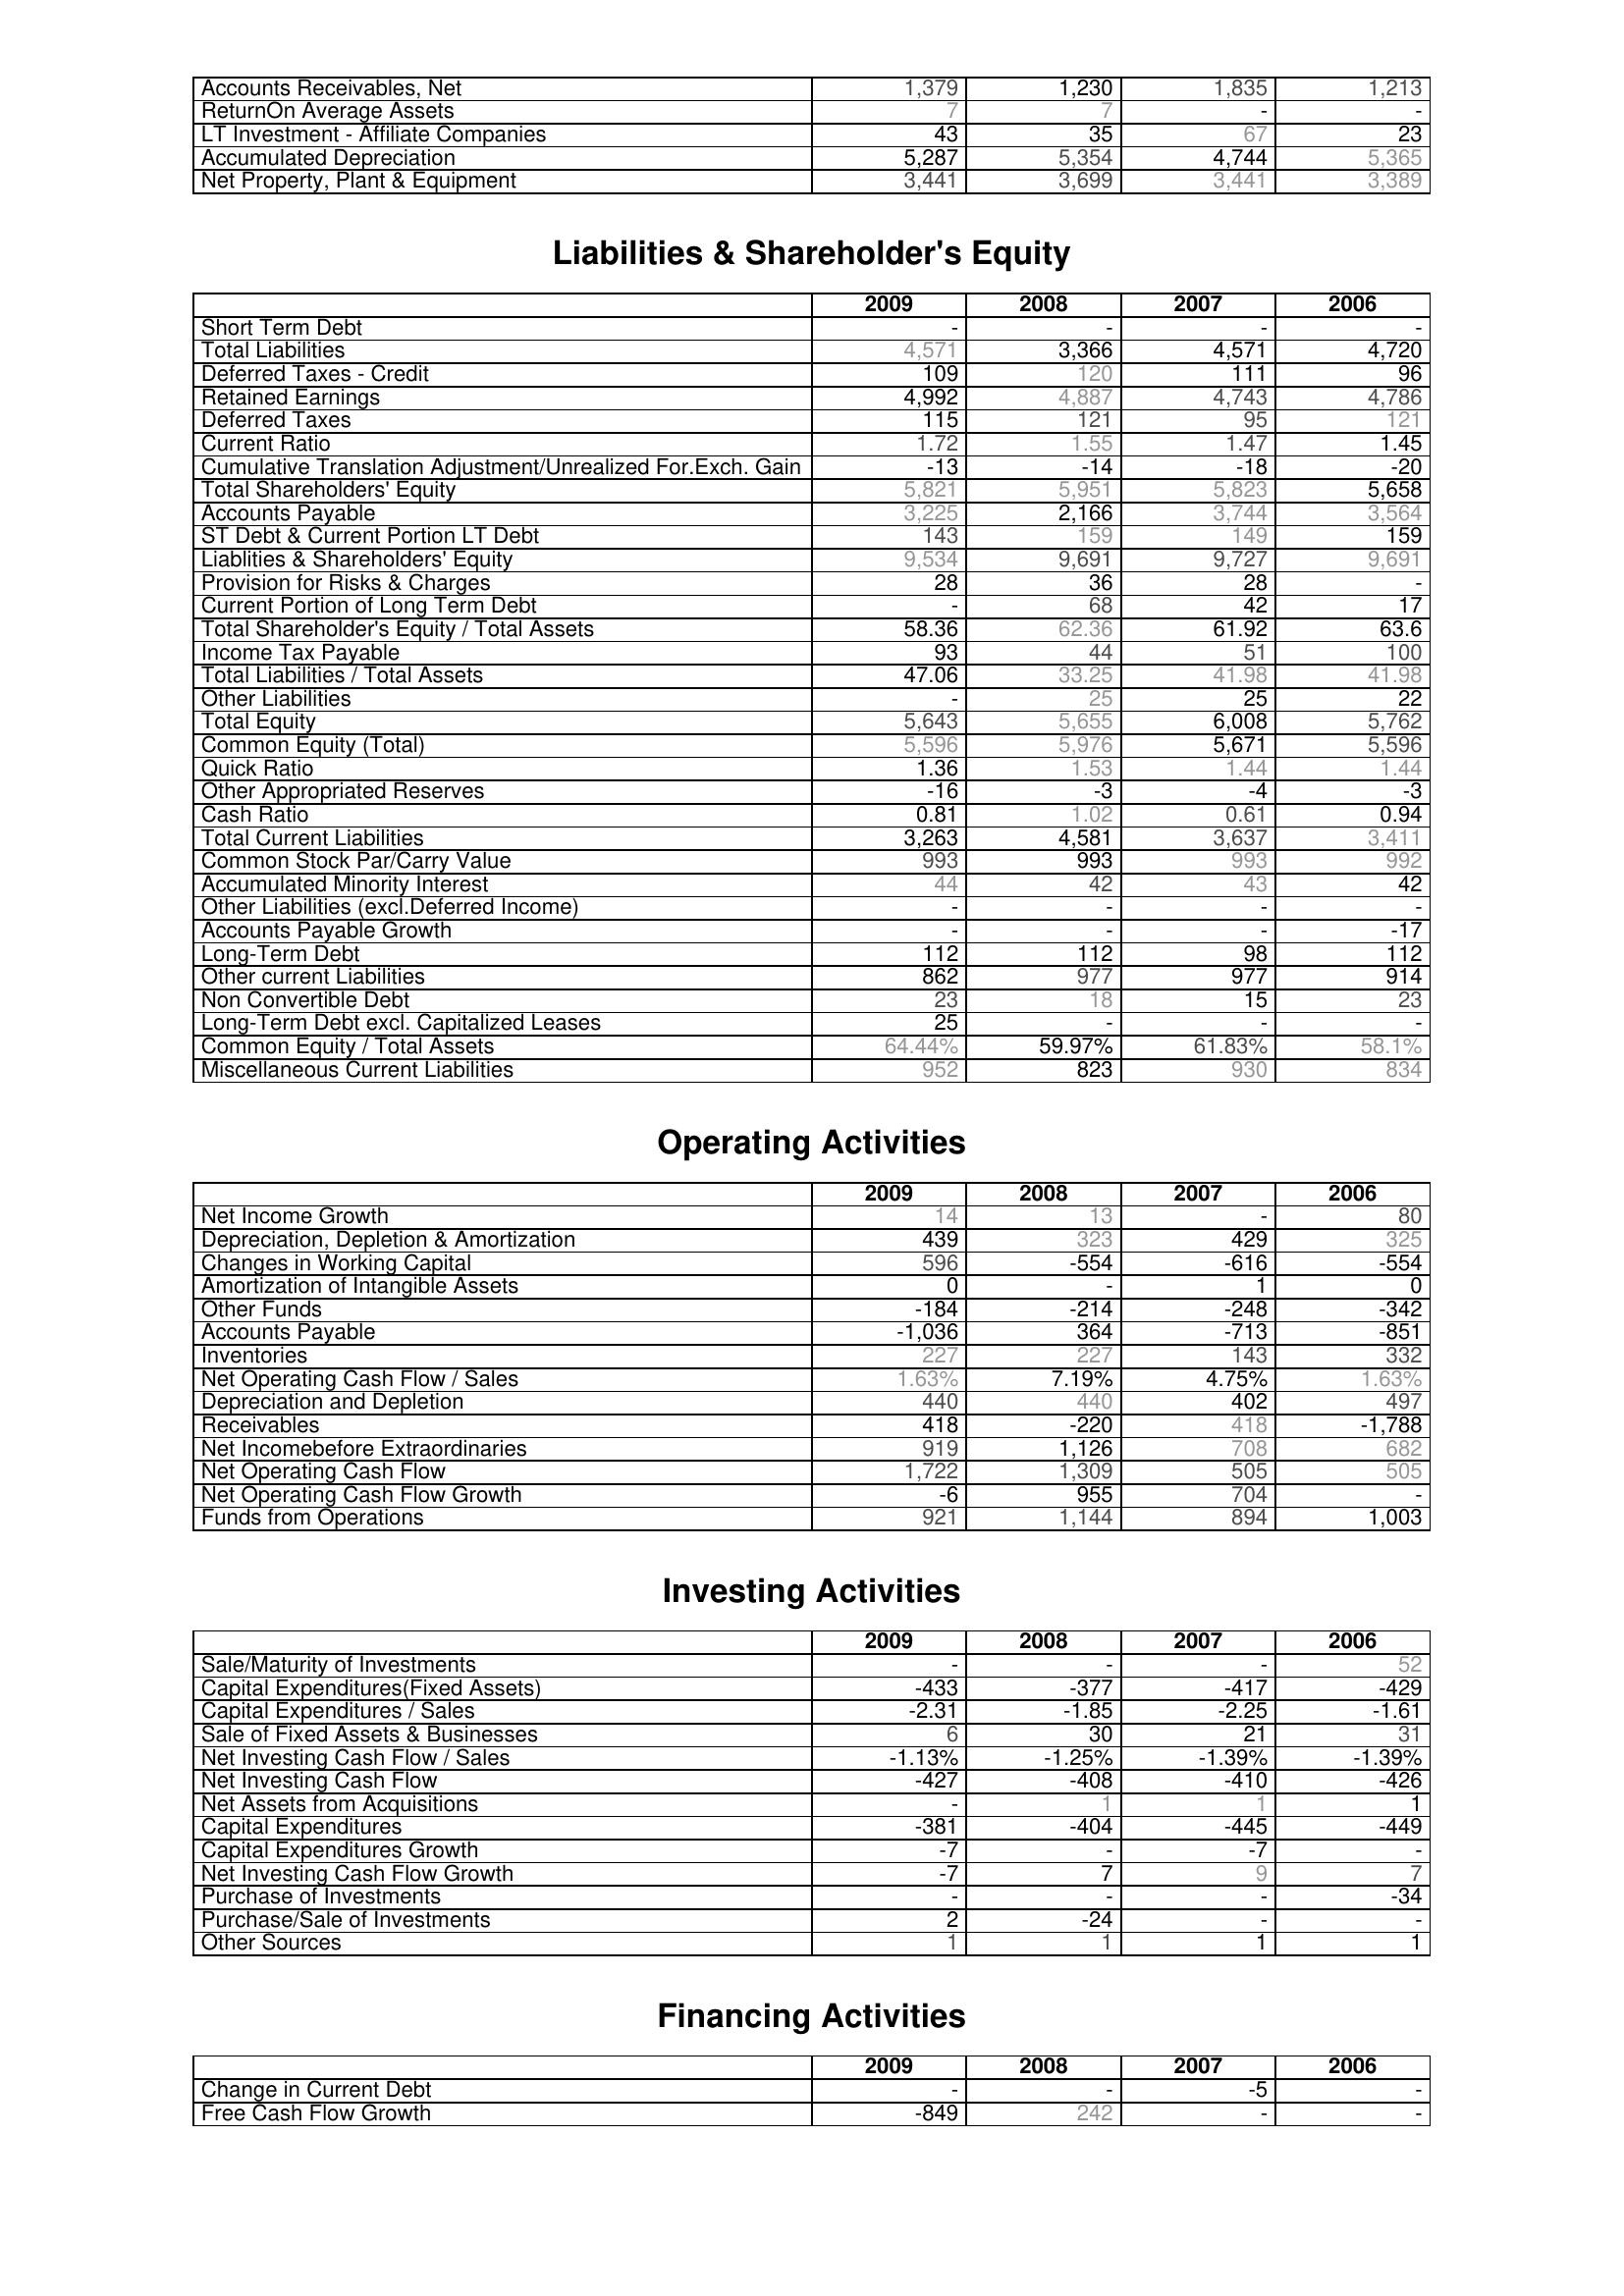
2009: Assets: Accounts Receivables, Net: 1,379
ReturnOn Average Assets: 7
LT Investment - Affiliate Companies: 43
Accumulated Depreciation: 5,287
Net Property, Plant & Equipment: 3,441
Liabilities & Shareholder's Equity: Short Term Debt: -
Total Liabilities: 4,571
Deferred Taxes - Credit: 109
Retained Earnings: 4,992
Deferred Taxes: 115
Current Ratio: 1.72
Cumulative Translation Adjustment/Unrealized For.Exch. Gain: -13
Total Shareholders' Equity: 5,821
Accounts Payable: 3,225
ST Debt & Current Portion LT Debt: 143
Liablities & Shareholders' Equity: 9,534
Provision for Risks & Charges: 28
Current Portion of Long Term Debt: -
Total Shareholder's Equity / Total Assets: 58.36
Income Tax Payable: 93
Total Liabilities / Total Assets: 47.06
Other Liabilities: -
Total Equity: 5,643
Common Equity (Total): 5,596
Quick Ratio: 1.36
Other Appropriated Reserves: -16
Cash Ratio: 0.81
Total Current Liabilities: 3,263
Common Stock Par/Carry Value: 993
Accumulated Minority Interest: 44
Other Liabilities (excl.Deferred Income): -
Accounts Payable Growth: -
Long-Term Debt: 112
Other current Liabilities: 862
Non Convertible Debt: 23
Long-Term Debt excl. Capitalized Leases: 25
Common Equity / Total Assets: 64.44%
Miscellaneous Current Liabilities: 952
Operating Activities: Net Income Growth: 14
Depreciation, Depletion & Amortization: 439
Changes in Working Capital: 596
Amortization of Intangible Assets: 0
Other Funds: -184
Accounts Payable: -1,036
Inventories: 227
Net Operating Cash Flow / Sales: 1.63%
Depreciation and Depletion: 440
Receivables: 418
Net Incomebefore Extraordinaries: 919
Net Operating Cash Flow: 1,722
Net Operating Cash Flow Growth: -6
Funds from Operations: 921
Investing Activities: Sale/Maturity of Investments: -
Capital Expenditures(Fixed Assets): -433
Capital Expenditures / Sales: -2.31
Sale of Fixed Assets & Businesses: 6
Net Investing Cash Flow / Sales: -1.13%
Net Investing Cash Flow: -427
Net Assets from Acquisitions: -
Capital Expenditures: -381
Capital Expenditures Growth: -7
Net Investing Cash Flow Growth: -7
Purchase of Investments: -
Purchase/Sale of Investments: 2
Other Sources: 1
Financing Activities: Change in Current Debt: -
Free Cash Flow Growth: -849
2008: Assets: Accounts Receivables, Net: 1,230
ReturnOn Average Assets: 7
LT Investment - Affiliate Companies: 35
Accumulated Depreciation: 5,354
Net Property, Plant & Equipment: 3,699
Liabilities & Shareholder's Equity: Short Term Debt: -
Total Liabilities: 3,366
Deferred Taxes - Credit: 120
Retained Earnings: 4,887
Deferred Taxes: 121
Current Ratio: 1.55
Cumulative Translation Adjustment/Unrealized For.Exch. Gain: -14
Total Shareholders' Equity: 5,951
Accounts Payable: 2,166
ST Debt & Current Portion LT Debt: 159
Liablities & Shareholders' Equity: 9,691
Provision for Risks & Charges: 36
Current Portion of Long Term Debt: 68
Total Shareholder's Equity / Total Assets: 62.36
Income Tax Payable: 44
Total Liabilities / Total Assets: 33.25
Other Liabilities: 25
Total Equity: 5,655
Common Equity (Total): 5,976
Quick Ratio: 1.53
Other Appropriated Reserves: -3
Cash Ratio: 1.02
Total Current Liabilities: 4,581
Common Stock Par/Carry Value: 993
Accumulated Minority Interest: 42
Other Liabilities (excl.Deferred Income): -
Accounts Payable Growth: -
Long-Term Debt: 112
Other current Liabilities: 977
Non Convertible Debt: 18
Long-Term Debt excl. Capitalized Leases: -
Common Equity / Total Assets: 59.97%
Miscellaneous Current Liabilities: 823
Operating Activities: Net Income Growth: 13
Depreciation, Depletion & Amortization: 323
Changes in Working Capital: -554
Amortization of Intangible Assets: -
Other Funds: -214
Accounts Payable: 364
Inventories: 227
Net Operating Cash Flow / Sales: 7.19%
Depreciation and Depletion: 440
Receivables: -220
Net Incomebefore Extraordinaries: 1,126
Net Operating Cash Flow: 1,309
Net Operating Cash Flow Growth: 955
Funds from Operations: 1,144
Investing Activities: Sale/Maturity of Investments: -
Capital Expenditures(Fixed Assets): -377
Capital Expenditures / Sales: -1.85
Sale of Fixed Assets & Businesses: 30
Net Investing Cash Flow / Sales: -1.25%
Net Investing Cash Flow: -408
Net Assets from Acquisitions: 1
Capital Expenditures: -404
Capital Expenditures Growth: -
Net Investing Cash Flow Growth: 7
Purchase of Investments: -
Purchase/Sale of Investments: -24
Other Sources: 1
Financing Activities: Change in Current Debt: -
Free Cash Flow Growth: 242
2007: Assets: Accounts Receivables, Net: 1,835
ReturnOn Average Assets: -
LT Investment - Affiliate Companies: 67
Accumulated Depreciation: 4,744
Net Property, Plant & Equipment: 3,441
Liabilities & Shareholder's Equity: Short Term Debt: -
Total Liabilities: 4,571
Deferred Taxes - Credit: 111
Retained Earnings: 4,743
Deferred Taxes: 95
Current Ratio: 1.47
Cumulative Translation Adjustment/Unrealized For.Exch. Gain: -18
Total Shareholders' Equity: 5,823
Accounts Payable: 3,744
ST Debt & Current Portion LT Debt: 149
Liablities & Shareholders' Equity: 9,727
Provision for Risks & Charges: 28
Current Portion of Long Term Debt: 42
Total Shareholder's Equity / Total Assets: 61.92
Income Tax Payable: 51
Total Liabilities / Total Assets: 41.98
Other Liabilities: 25
Total Equity: 6,008
Common Equity (Total): 5,671
Quick Ratio: 1.44
Other Appropriated Reserves: -4
Cash Ratio: 0.61
Total Current Liabilities: 3,637
Common Stock Par/Carry Value: 993
Accumulated Minority Interest: 43
Other Liabilities (excl.Deferred Income): -
Accounts Payable Growth: -
Long-Term Debt: 98
Other current Liabilities: 977
Non Convertible Debt: 15
Long-Term Debt excl. Capitalized Leases: -
Common Equity / Total Assets: 61.83%
Miscellaneous Current Liabilities: 930
Operating Activities: Net Income Growth: -
Depreciation, Depletion & Amortization: 429
Changes in Working Capital: -616
Amortization of Intangible Assets: 1
Other Funds: -248
Accounts Payable: -713
Inventories: 143
Net Operating Cash Flow / Sales: 4.75%
Depreciation and Depletion: 402
Receivables: 418
Net Incomebefore Extraordinaries: 708
Net Operating Cash Flow: 505
Net Operating Cash Flow Growth: 704
Funds from Operations: 894
Investing Activities: Sale/Maturity of Investments: -
Capital Expenditures(Fixed Assets): -417
Capital Expenditures / Sales: -2.25
Sale of Fixed Assets & Businesses: 21
Net Investing Cash Flow / Sales: -1.39%
Net Investing Cash Flow: -410
Net Assets from Acquisitions: 1
Capital Expenditures: -445
Capital Expenditures Growth: -7
Net Investing Cash Flow Growth: 9
Purchase of Investments: -
Purchase/Sale of Investments: -
Other Sources: 1
Financing Activities: Change in Current Debt: -5
Free Cash Flow Growth: -
2006: Assets: Accounts Receivables, Net: 1,213
ReturnOn Average Assets: -
LT Investment - Affiliate Companies: 23
Accumulated Depreciation: 5,365
Net Property, Plant & Equipment: 3,389
Liabilities & Shareholder's Equity: Short Term Debt: -
Total Liabilities: 4,720
Deferred Taxes - Credit: 96
Retained Earnings: 4,786
Deferred Taxes: 121
Current Ratio: 1.45
Cumulative Translation Adjustment/Unrealized For.Exch. Gain: -20
Total Shareholders' Equity: 5,658
Accounts Payable: 3,564
ST Debt & Current Portion LT Debt: 159
Liablities & Shareholders' Equity: 9,691
Provision for Risks & Charges: -
Current Portion of Long Term Debt: 17
Total Shareholder's Equity / Total Assets: 63.6
Income Tax Payable: 100
Total Liabilities / Total Assets: 41.98
Other Liabilities: 22
Total Equity: 5,762
Common Equity (Total): 5,596
Quick Ratio: 1.44
Other Appropriated Reserves: -3
Cash Ratio: 0.94
Total Current Liabilities: 3,411
Common Stock Par/Carry Value: 992
Accumulated Minority Interest: 42
Other Liabilities (excl.Deferred Income): -
Accounts Payable Growth: -17
Long-Term Debt: 112
Other current Liabilities: 914
Non Convertible Debt: 23
Long-Term Debt excl. Capitalized Leases: -
Common Equity / Total Assets: 58.1%
Miscellaneous Current Liabilities: 834
Operating Activities: Net Income Growth: 80
Depreciation, Depletion & Amortization: 325
Changes in Working Capital: -554
Amortization of Intangible Assets: 0
Other Funds: -342
Accounts Payable: -851
Inventories: 332
Net Operating Cash Flow / Sales: 1.63%
Depreciation and Depletion: 497
Receivables: -1,788
Net Incomebefore Extraordinaries: 682
Net Operating Cash Flow: 505
Net Operating Cash Flow Growth: -
Funds from Operations: 1,003
Investing Activities: Sale/Maturity of Investments: 52
Capital Expenditures(Fixed Assets): -429
Capital Expenditures / Sales: -1.61
Sale of Fixed Assets & Businesses: 31
Net Investing Cash Flow / Sales: -1.39%
Net Investing Cash Flow: -426
Net Assets from Acquisitions: 1
Capital Expenditures: -449
Capital Expenditures Growth: -
Net Investing Cash Flow Growth: 7
Purchase of Investments: -34
Purchase/Sale of Investments: -
Other Sources: 1
Financing Activities: Change in Current Debt: -
Free Cash Flow Growth: -